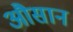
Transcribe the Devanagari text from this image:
औसान